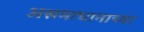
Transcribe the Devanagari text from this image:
असमाधानाच्या